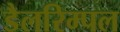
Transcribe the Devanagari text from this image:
डैलरिम्पल